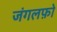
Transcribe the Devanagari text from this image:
जंगलफ़ो